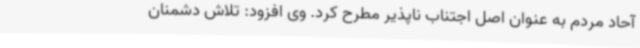
آحاد مردم به عنوان اصل اجتناب ناپذیر مطرح کرد. وی افزود: تلاش دشمنان